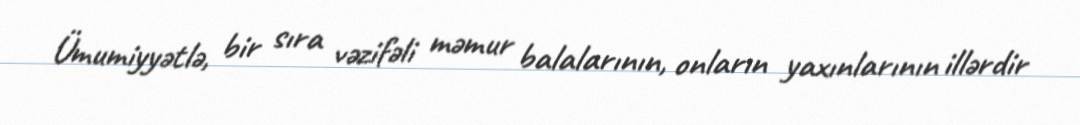
Ümumiyyətlə, bir sıra vəzifəli məmur balalarının, onların yaxınlarının illərdir